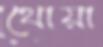
থোয়া